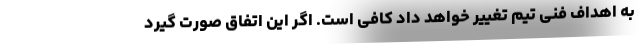
به اهداف فنی تیم تغییر خواهد داد کافی است. اگر این اتفاق صورت گیرد